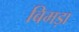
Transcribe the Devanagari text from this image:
बिमड़ा